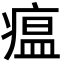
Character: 瘟